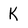
Character: K